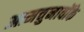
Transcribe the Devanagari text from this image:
आमचुनावोंके